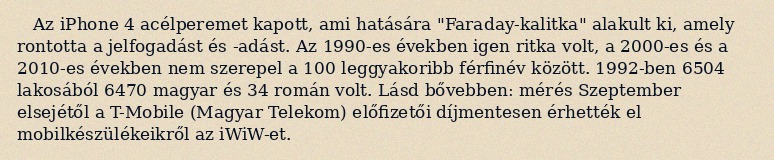
Az iPhone 4 acélperemet kapott, ami hatására "Faraday-kalitka" alakult ki, amely rontotta a jelfogadást és -adást. Az 1990-es években igen ritka volt, a 2000-es és a 2010-es években nem szerepel a 100 leggyakoribb férfinév között. 1992-ben 6504 lakosából 6470 magyar és 34 román volt. Lásd bővebben: mérés Szeptember elsejétől a T-Mobile (Magyar Telekom) előfizetői díjmentesen érhették el mobilkészülékeikről az iWiW-et.